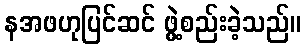
နအဖဟုပြင်ဆင် ဖွဲ့စည်းခဲ့သည်။